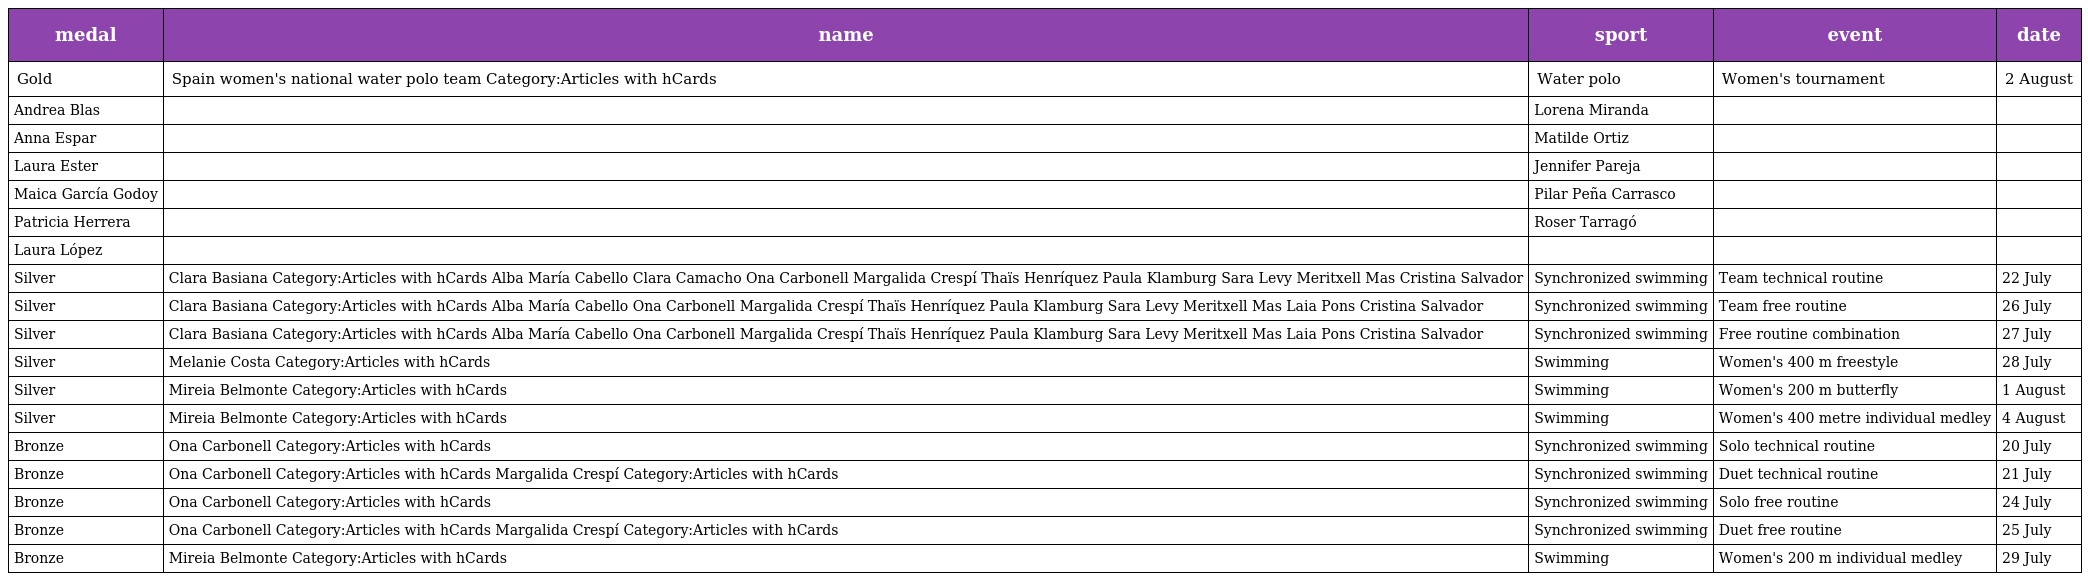
| medal | name | sport | event | date |
 | --- | --- | --- | --- | --- |
 | Gold | Spain women's national water polo team Category:Articles with hCards | Water polo | Women's tournament | 2 August |
 | Andrea Blas |  | Lorena Miranda |  |  |
 | Anna Espar |  | Matilde Ortiz |  |  |
 | Laura Ester |  | Jennifer Pareja |  |  |
 | Maica García Godoy |  | Pilar Peña Carrasco |  |  |
 | Patricia Herrera |  | Roser Tarragó |  |  |
 | Laura López |  |  |  |  |
 | Silver | Clara Basiana Category:Articles with hCards Alba María Cabello Clara Camacho Ona Carbonell Margalida Crespí Thaïs Henríquez Paula Klamburg Sara Levy Meritxell Mas Cristina Salvador | Synchronized swimming | Team technical routine | 22 July |
 | Silver | Clara Basiana Category:Articles with hCards Alba María Cabello Ona Carbonell Margalida Crespí Thaïs Henríquez Paula Klamburg Sara Levy Meritxell Mas Laia Pons Cristina Salvador | Synchronized swimming | Team free routine | 26 July |
 | Silver | Clara Basiana Category:Articles with hCards Alba María Cabello Ona Carbonell Margalida Crespí Thaïs Henríquez Paula Klamburg Sara Levy Meritxell Mas Laia Pons Cristina Salvador | Synchronized swimming | Free routine combination | 27 July |
 | Silver | Melanie Costa Category:Articles with hCards | Swimming | Women's 400 m freestyle | 28 July |
 | Silver | Mireia Belmonte Category:Articles with hCards | Swimming | Women's 200 m butterfly | 1 August |
 | Silver | Mireia Belmonte Category:Articles with hCards | Swimming | Women's 400 metre individual medley | 4 August |
 | Bronze | Ona Carbonell Category:Articles with hCards | Synchronized swimming | Solo technical routine | 20 July |
 | Bronze | Ona Carbonell Category:Articles with hCards Margalida Crespí Category:Articles with hCards | Synchronized swimming | Duet technical routine | 21 July |
 | Bronze | Ona Carbonell Category:Articles with hCards | Synchronized swimming | Solo free routine | 24 July |
 | Bronze | Ona Carbonell Category:Articles with hCards Margalida Crespí Category:Articles with hCards | Synchronized swimming | Duet free routine | 25 July |
 | Bronze | Mireia Belmonte Category:Articles with hCards | Swimming | Women's 200 m individual medley | 29 July |